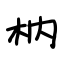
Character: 枘